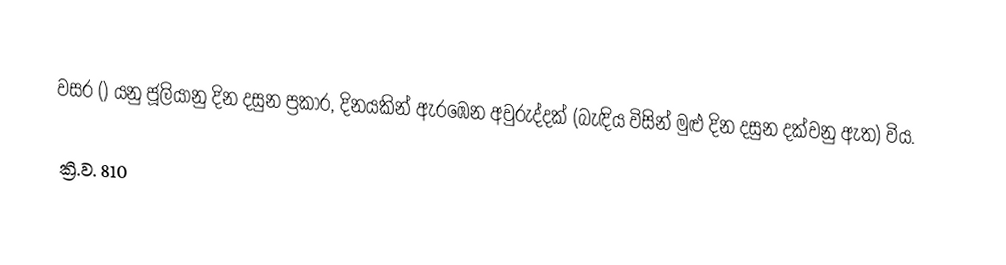

වසර   () යනු ජූලියානු දින දසුන ප්‍රකාර,    දිනයකින් ඇරඹෙන  අවුරුද්දක් (බැඳිය විසින් මුළු දින දසුන දක්වනු ඇත) විය.

ක්‍රි.ව. 810